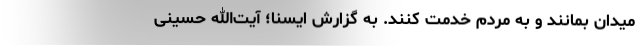
میدان بمانند و به مردم خدمت کنند. به گزارش ایسنا؛ آیت‌الله حسینی